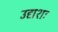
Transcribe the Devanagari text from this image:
उद्यशः